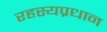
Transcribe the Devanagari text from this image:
रहस्यप्रधान